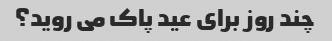
چند روز برای عید پاک می روید؟